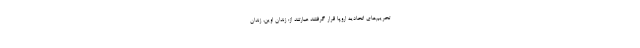
تحریم‌های اتحادیه اروپا قرار گرفتند عبارتند از: زندان اوین، زندان